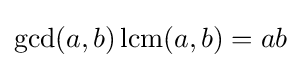
\gcd(a,b)\operatorname {lcm} (a,b)=ab